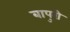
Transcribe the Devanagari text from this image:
बापुरी